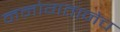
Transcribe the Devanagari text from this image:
मनोगतानेच